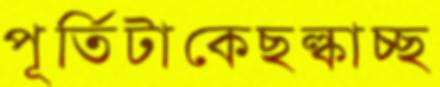
পূর্তিটাকেছল্‌কাচ্ছ